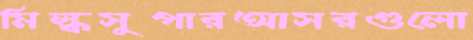
মিল্কসুপারআসরগুলো